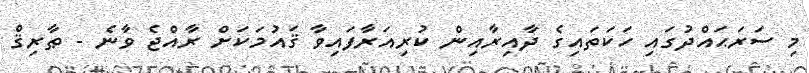
މި ސަރަޙައްދުގައި ހަކަތައިގެ ދާއިރާއިން ކުރިއަރާފައިވާ ޤައުމަކަށް ރާއްޖެ ވާނެ - ޠާރިޤް